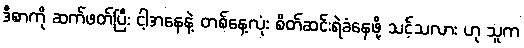
ဒီစာကို ဆက်ဖတ်ပြီး ငါ့အနေနဲ့ တစ်နေ့လုံး စိတ်ဆင်းရဲခံနေဖို့ သင့်သလား ဟု သူက